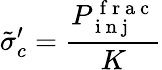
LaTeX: \tilde{\sigma}_{c}^{\prime}=\frac{P_{\mathrm{~i~n~j~}}^{\mathrm{~f~r~a~c~}}}{K}